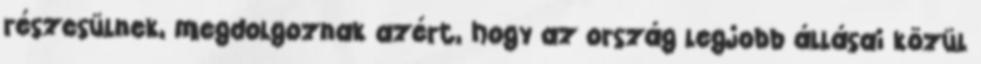
részesülnek, megdolgoznak azért, hogy az ország legjobb állásai közül